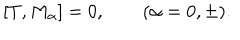
[ T , M _ { \alpha } ] = 0 , \qquad ( \alpha = 0 , \pm ) .